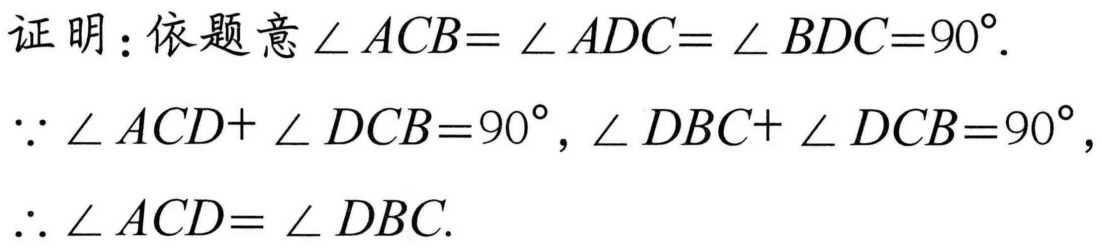
证明：依题意\(\angle ACB = \angle ADC = \angle BDC = 90^{\circ}\).
\(\because\angle ACD+\angle DCB = 90^{\circ}\)，\(\angle DBC+\angle DCB = 90^{\circ}\)，
\(\therefore\angle ACD = \angle DBC\).